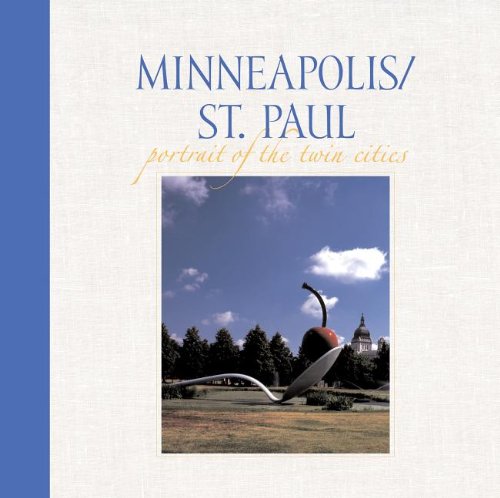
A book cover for Minneapolis/St. Paul: Portrait of the Twin Cities (Portrait of a Place); Travel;